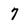
Character: 7